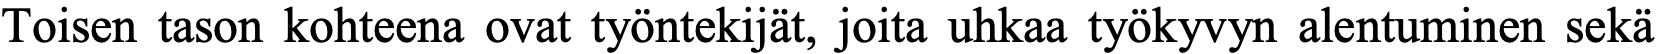
Toisen tason kohteena ovat työntekijät, joita uhkaa työkyvyn alentuminen sekä